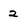
Character: 2